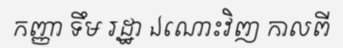
កញ្ញា ទឹម រដ្ឋា ឯណោះវិញ កាលពី